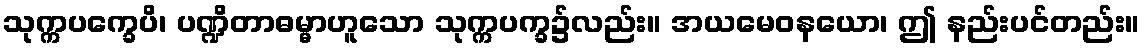
သုက္ကပက္ခေပိ၊ ပဏ္ဍိတာဓမ္မာဟူသော သုက္ကပက္ခ၌လည်း။ အယမေဝနယော၊ ဤ နည်းပင်တည်း။